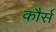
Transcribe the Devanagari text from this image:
कौर्स